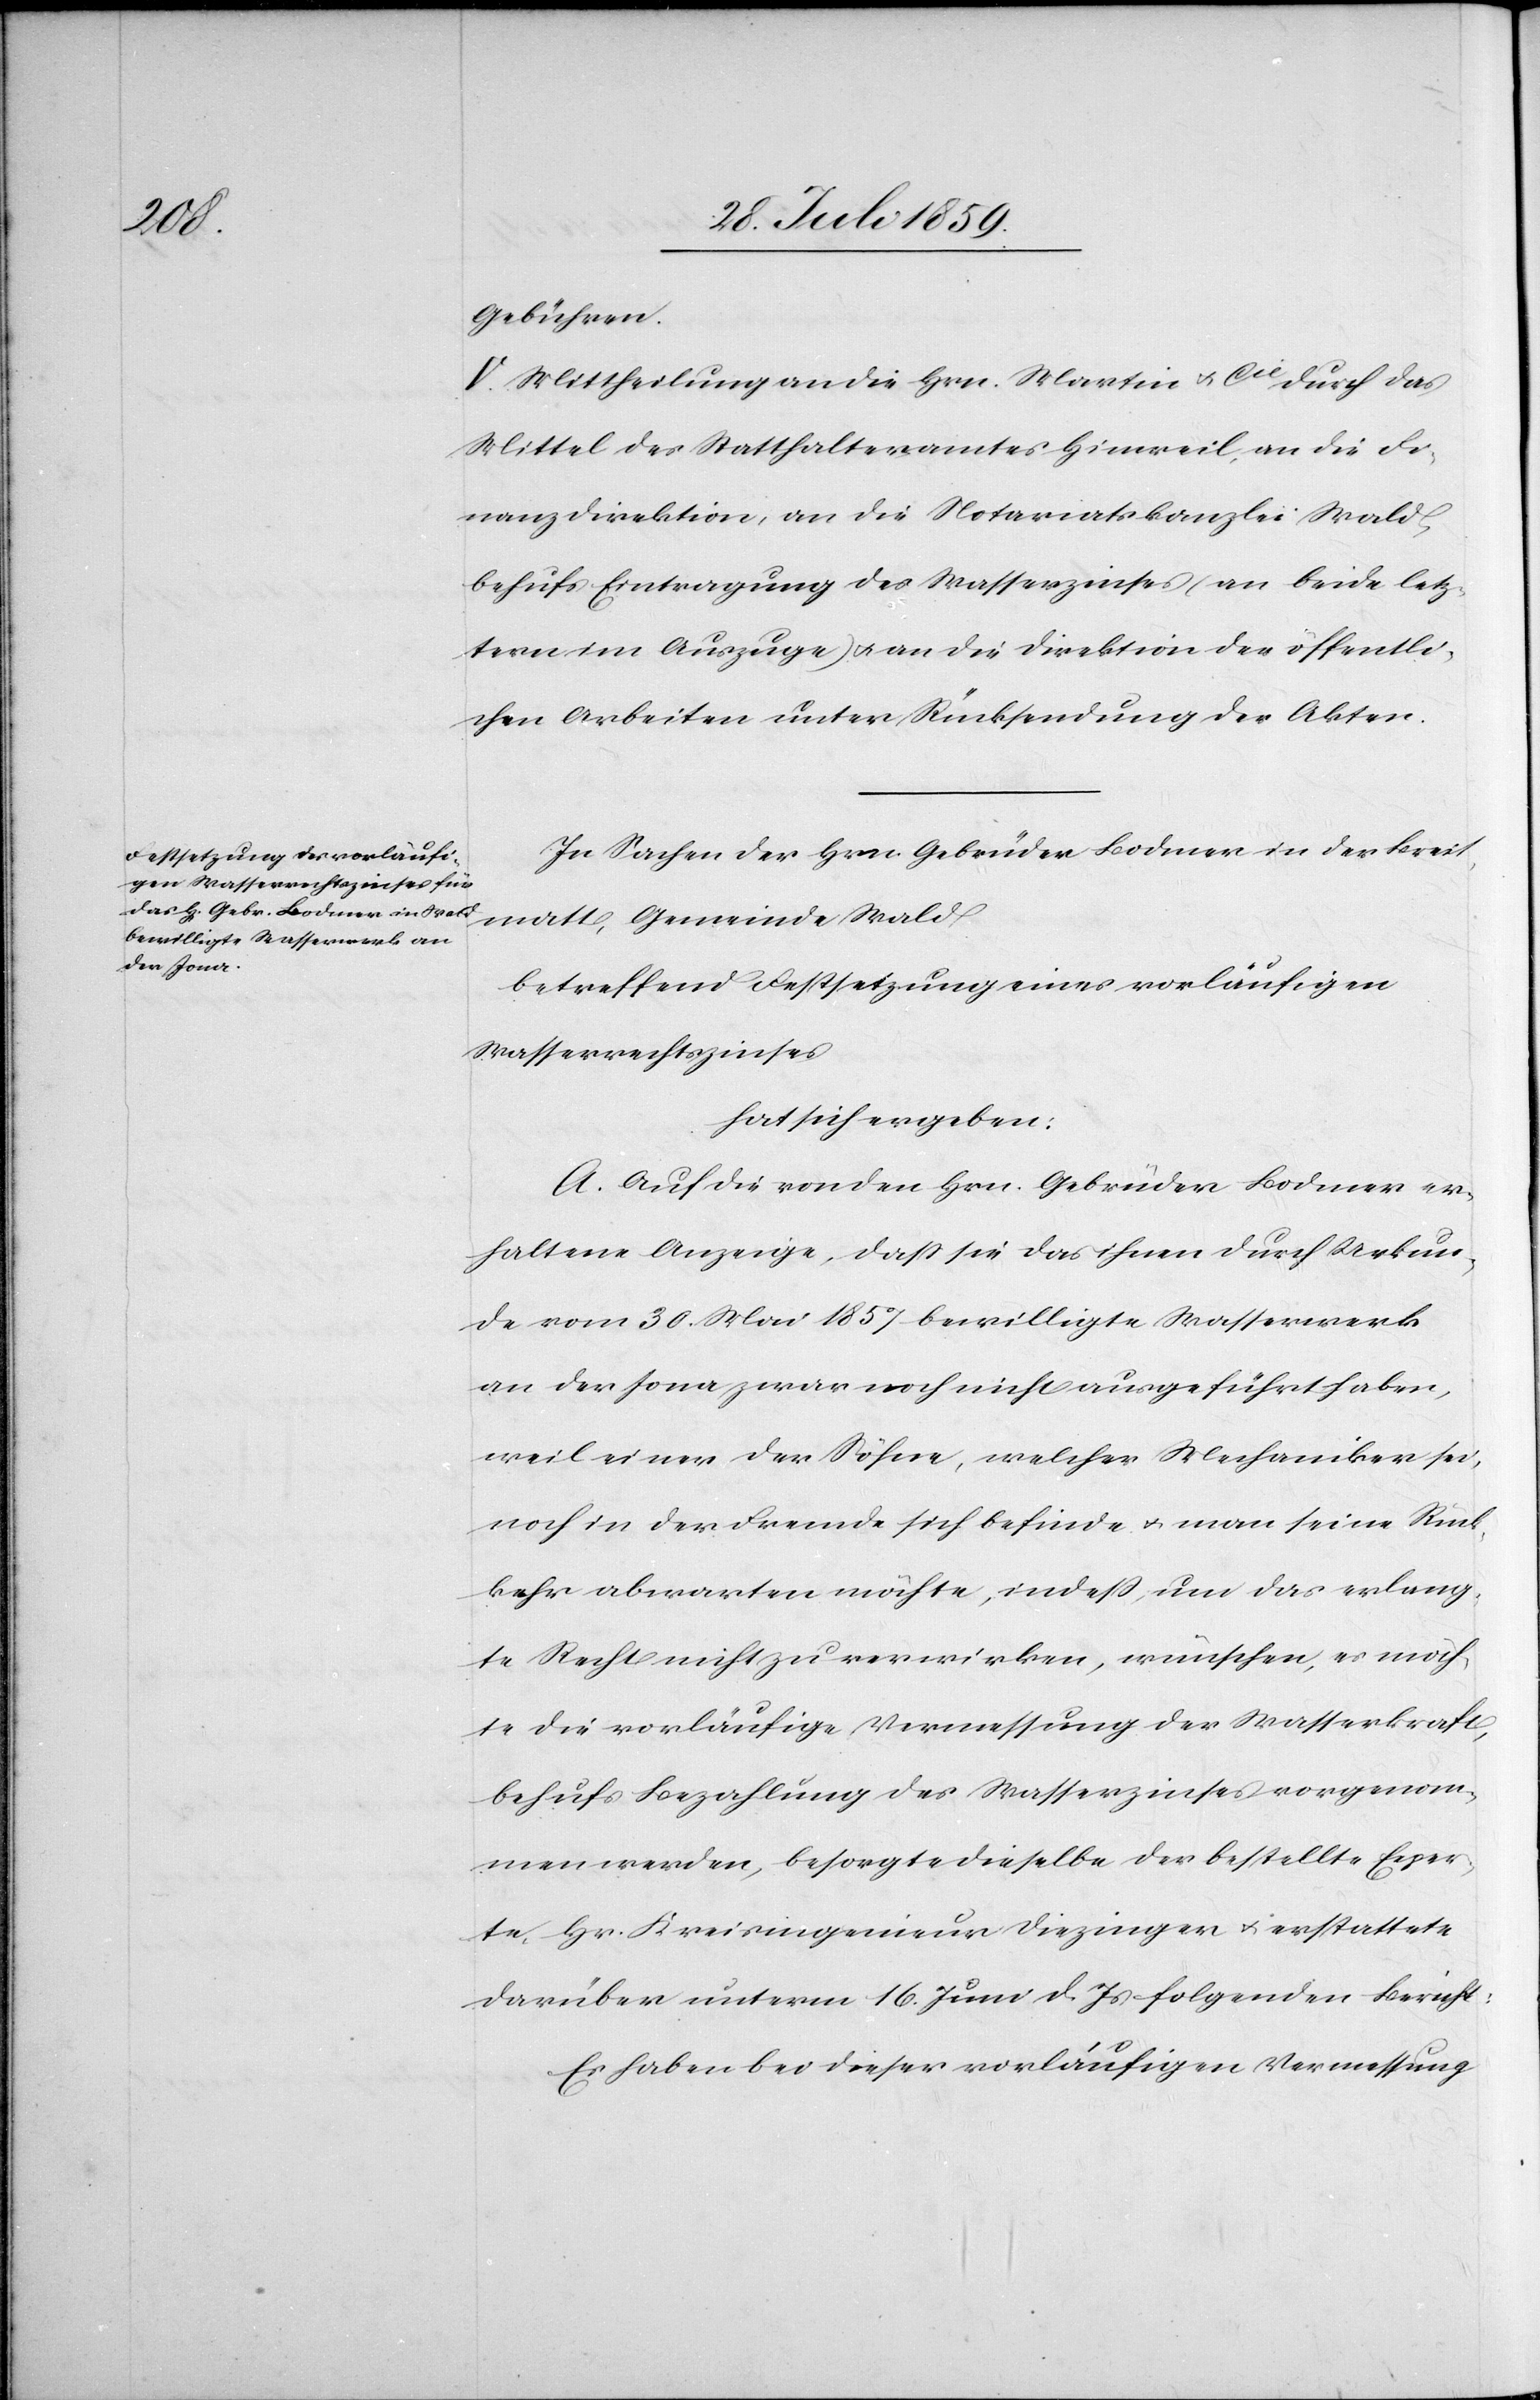
Gebühren.
V. Mittheilung an die Hrn. Martin & Cie. durch das
Mittel des Statthalteramtes Hinweil, an die Fi¬
nanzdirektion, an die Notariatskanzlei Wald,
behufs Eintragung des Wasserzinses (an beide letz¬
tern im Auszuge) u. an die Direktion der öffentli¬
chen Arbeiten unter Rücksendung der Akten.
In Sachen der Hrn. Gebrüder Bodmer in der Breit¬
matt, Gemeinde Wald
betreffend Festsetzung eines vorläufigen
Wasserrechtszinses
hat sich ergeben:
A. Auf die von den Hrn. Gebrüder Bodmer er¬
haltene Anzeige, daß sie das ihnen durch Urkun¬
de vom 30. Mai 1857 bewilligte Wasserwerk
an der Jona zwar noch nicht ausgeführt haben,
weil einer der Söhne, welcher Mechaniker sei,
noch in der Fremde sich befinde u. man seine Rück¬
kehr abwarten möchte, indeß, um das erlang¬
te Recht nicht zu erwirken, wünschen, es möch¬
te die vorläufige Vermessung der Wasserkraft,
behufs Bezahlung des Wasserzinses vorgenom¬
men werden, besorgte dieselbe der bestellte Exper¬
te Hr. Kreisingenieur Diezinger u. erstattete
darüber unterm 16. Juni d. Js. folgenden Bericht:
Es haben bei dieser vorläufigen Vermessung